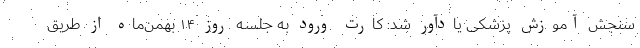
سنجش آموزش پزشکی یادآور شد: کارت ورود به جلسه روز ۱۴ بهمن‌ماه از طریق